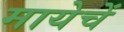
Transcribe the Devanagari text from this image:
मायेचें